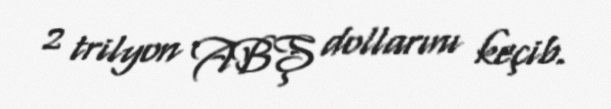
2 trilyon ABŞ dollarını keçib.